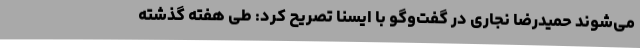
می‌شوند حمیدرضا نجاری در گفت‌وگو با ایسنا تصریح کرد: طی هفته گذشته